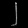
Digit: ၂